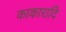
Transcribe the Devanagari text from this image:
काकारादि